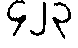
၄၂၃